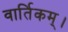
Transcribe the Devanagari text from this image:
वार्तिकम्।